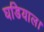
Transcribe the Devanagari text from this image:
घडियाल।